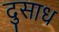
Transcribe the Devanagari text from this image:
दुसाध